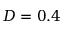
D = 0 . 4